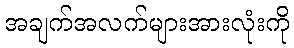
အချက်အလက်များအားလုံးကို